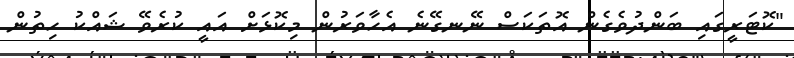
"ކޮޓަރީގައި ބަންދުވެގެން އޮތަކަސް ނޭނގޭނެ އެހާވަރުން މިކޮޅަށް އައީ ކުރެވޭ ޝައްކު ހިތުން